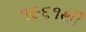
૧૯૬૧થી